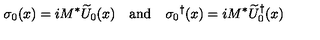
\sigma _ { 0 } ( x ) = i M ^ { * } \widetilde { U } _ { 0 } ( x ) \quad \mathrm { a n d } \quad { \sigma _ { 0 } } ^ { \dagger } ( x ) = i M ^ { * } { \widetilde { U } _ { 0 } } ^ { \dagger } ( x )